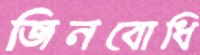
জিনবোধি